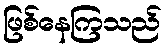
ဖြစ်နေကြသည်